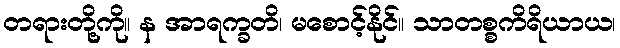
တရားတို့ကို။ န အာရက္ခတိ၊ မစောင့်နိုင်။ သာတစ္စကိရိယာယ၊